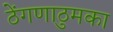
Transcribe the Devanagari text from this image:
ठेंगणाठुमका